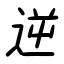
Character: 逆